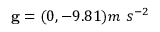
\mathbf { g } = ( 0 , - 9 . 8 1 ) m \ s ^ { - 2 }